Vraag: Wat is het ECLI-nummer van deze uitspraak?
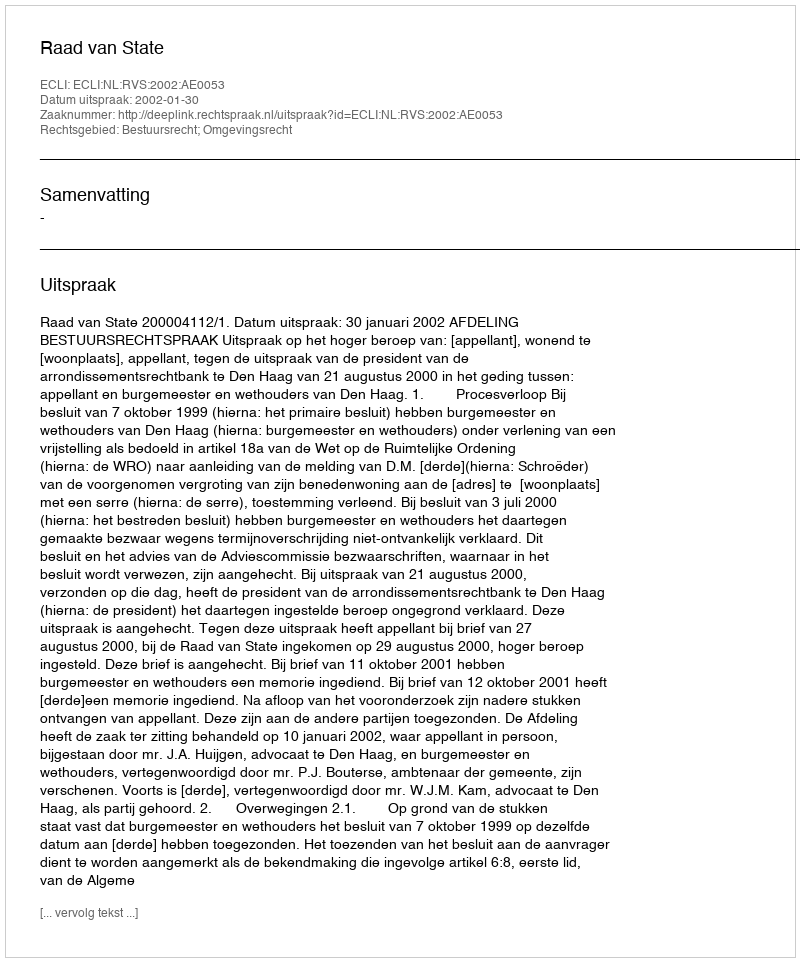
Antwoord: ECLI:NL:RVS:2002:AE0053